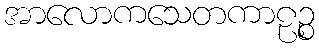
အာလောကသေတကာဠဉ္စ